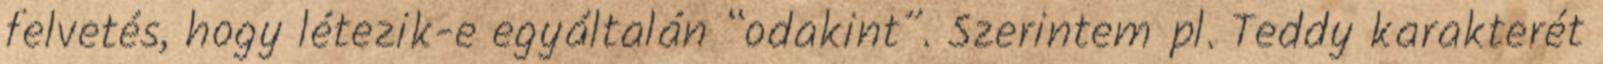
felvetés, hogy létezik-e egyáltalán “odakint”. Szerintem pl. Teddy karakterét